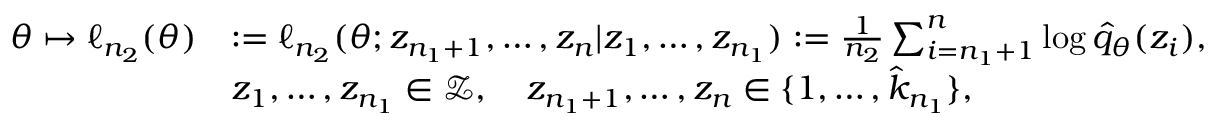
\begin{array} { r l } { \theta \mapsto \ell _ { n _ { 2 } } ( \theta ) } & { : = \ell _ { n _ { 2 } } ( \theta ; z _ { n _ { 1 } + 1 } , \dots , z _ { n } | z _ { 1 } , \dots , z _ { n _ { 1 } } ) : = \frac { 1 } { n _ { 2 } } \sum _ { i = n _ { 1 } + 1 } ^ { n } \log \hat { q } _ { \theta } ( z _ { i } ) , } \\ & { z _ { 1 } , \dots , z _ { n _ { 1 } } \in \mathcal Z , \quad z _ { n _ { 1 } + 1 } , \dots , z _ { n } \in \{ 1 , \dots , \hat { k } _ { n _ { 1 } } \} , } \end{array}